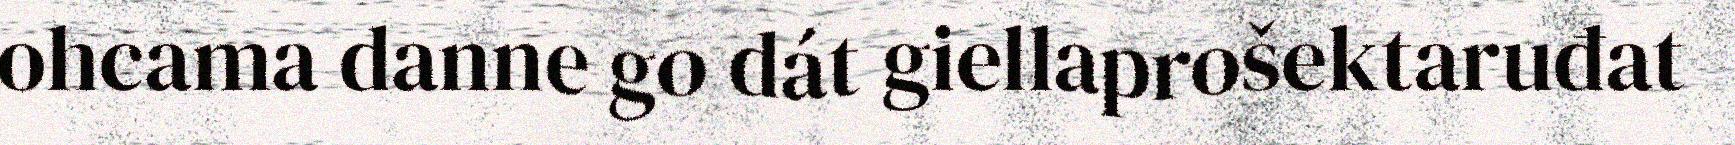
ohcama danne go dát giellaprošektaruđat